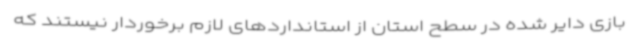
بازی دایر شده در سطح استان از استانداردهای لازم برخوردار نیستند که